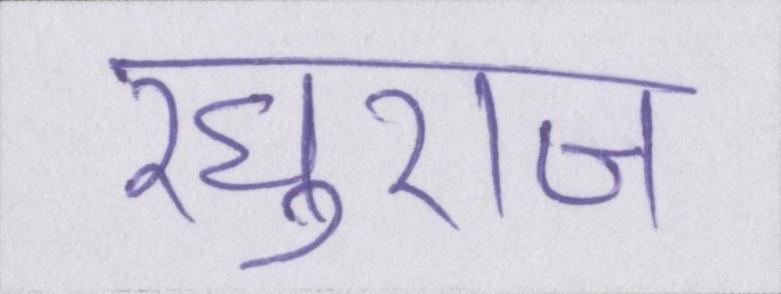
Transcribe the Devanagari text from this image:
रघुराज